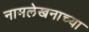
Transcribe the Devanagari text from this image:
नामलेखनाच्या